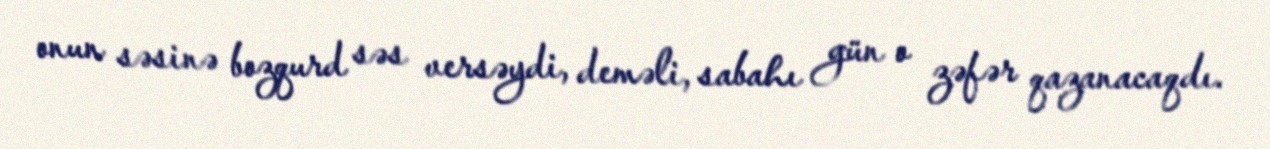
onun səsinə bozqurd səs versəydi, deməli, sabahı gün o zəfər qazanacaqdı.